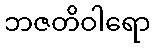
ဘဇတိဝါရော